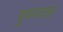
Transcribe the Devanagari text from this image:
युवराजला